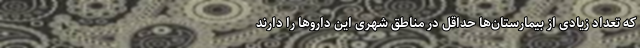
که تعداد زیادی از بیمارستان‌ها حداقل در مناطق شهری این داروها را دارند